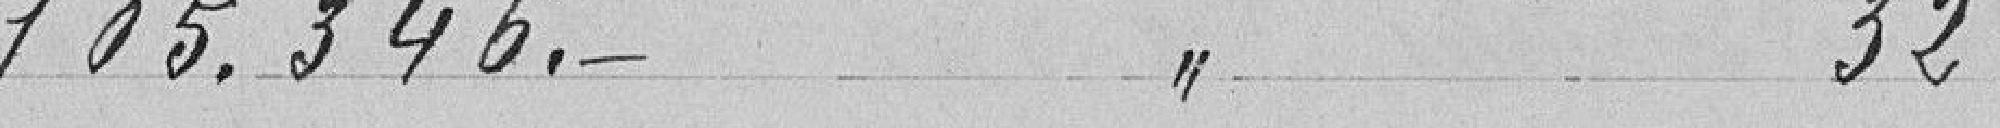
105.346. 32